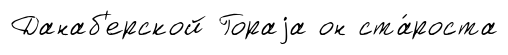
Данаб'ерской Гораjа он ста́роста